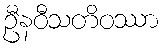
ဦနဝီသတိဝဿာ